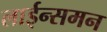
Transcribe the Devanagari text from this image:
लाईन्समन